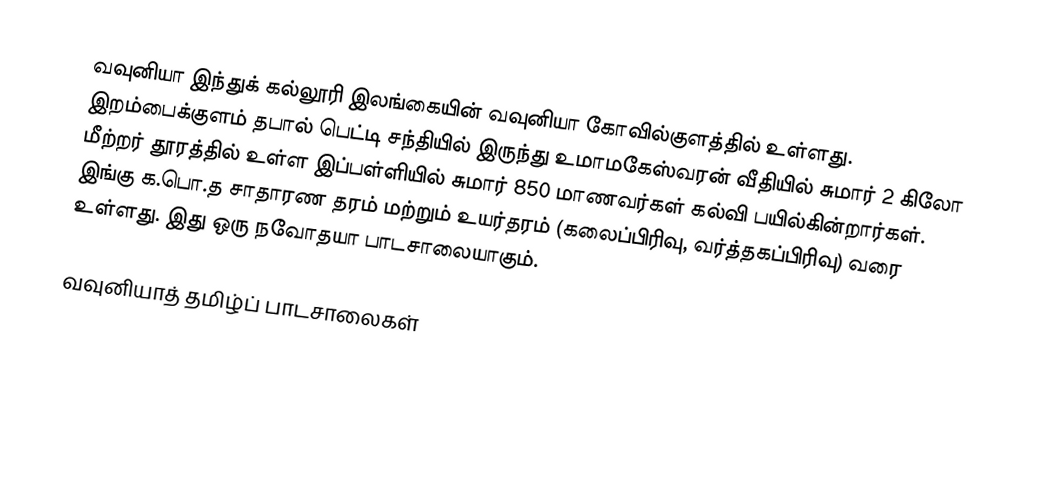
வவுனியா இந்துக் கல்லூரி இலங்கையின் வவுனியா கோவில்குளத்தில் உள்ளது. இறம்பைக்குளம் தபால் பெட்டி சந்தியில் இருந்து உமாமகேஸ்வரன் வீதியில் சுமார் 2 கிலோ மீற்றர் தூரத்தில் உள்ள இப்பள்ளியில் சுமார் 850 மாணவர்கள் கல்வி பயில்கின்றார்கள். இங்கு க.பொ.த சாதாரண தரம் மற்றும் உயர்தரம் (கலைப்பிரிவு, வர்த்தகப்பிரிவு) வரை உள்ளது. இது ஒரு நவோதயா பாடசாலையாகும்.

வவுனியாத் தமிழ்ப் பாடசாலைகள்